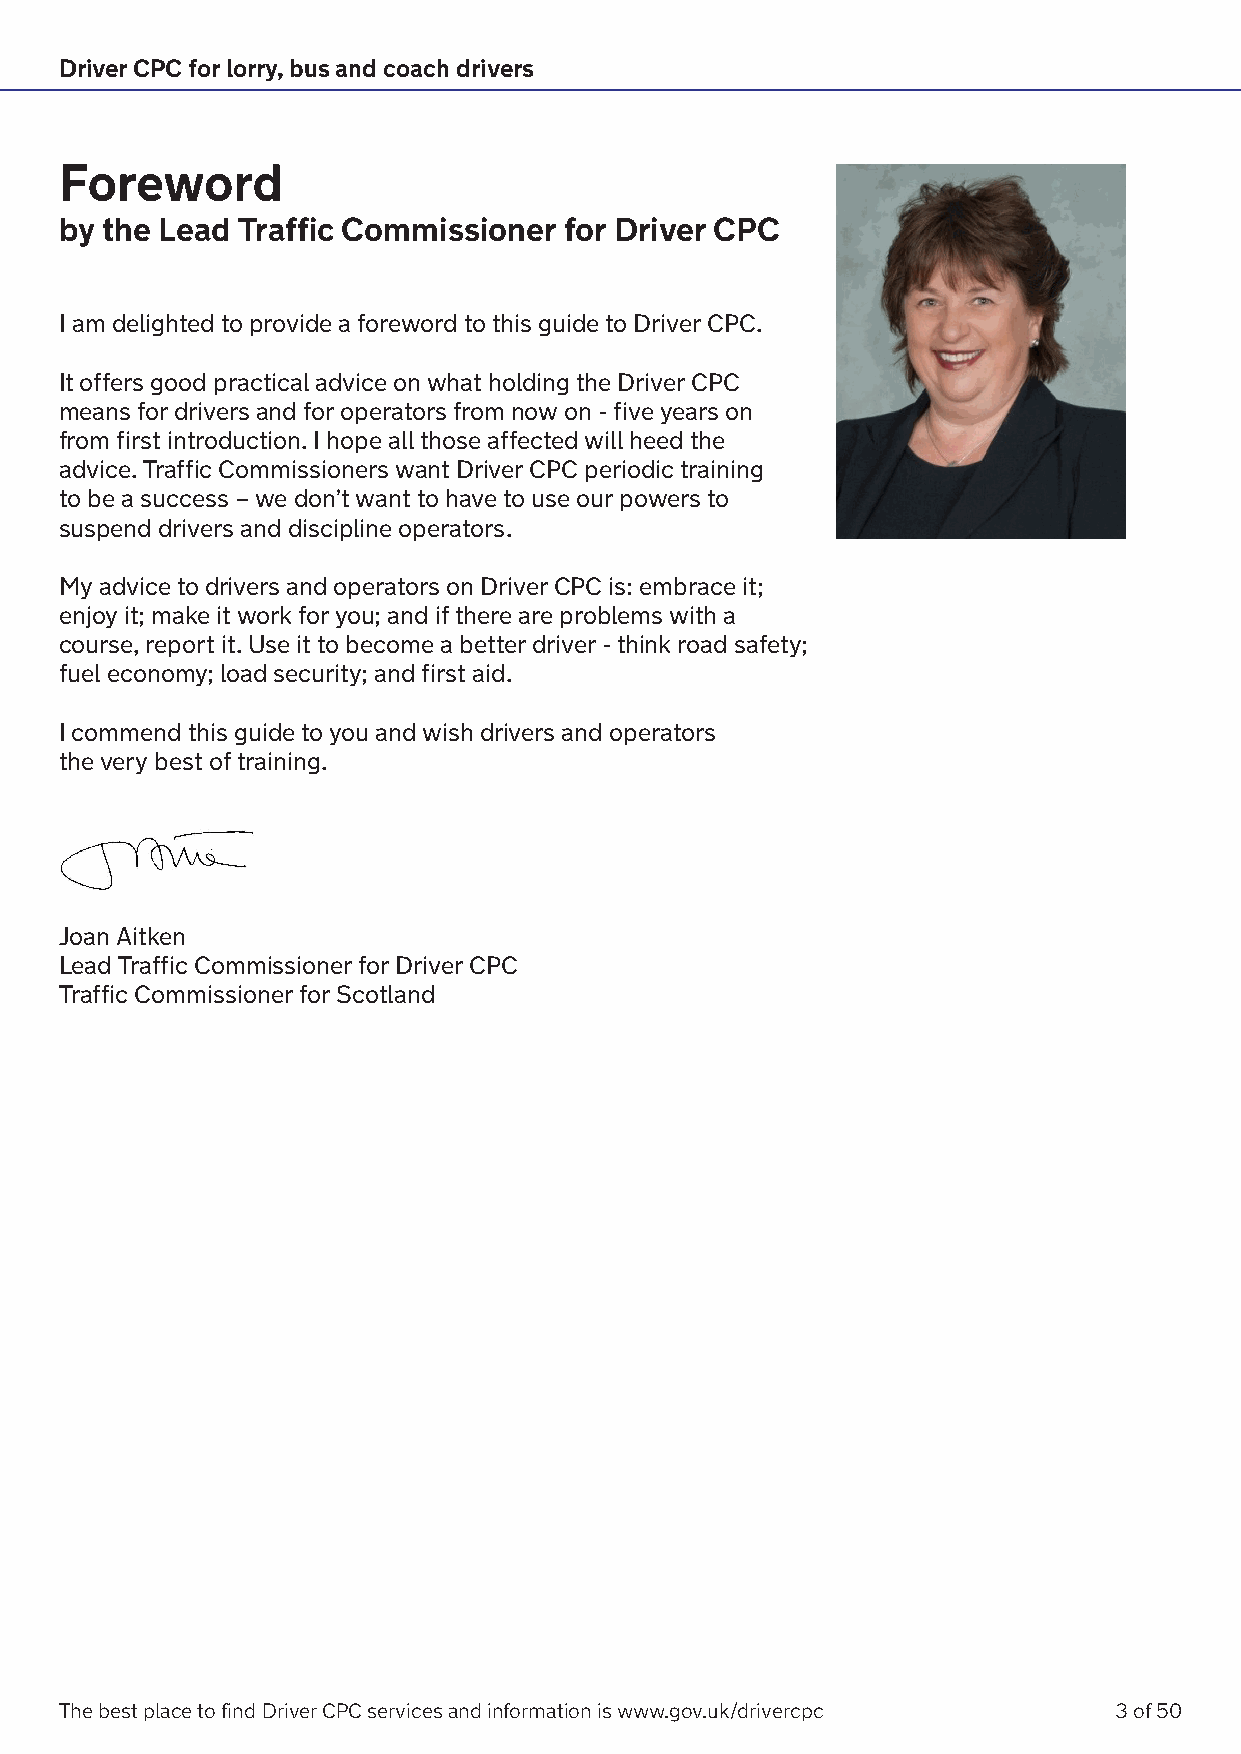
Driver CPC for lorry, bus and coach drivers
 Foreword
 by the Lead Traffic Commissioner for Driver CPC
 I am delighted to provide a foreword to this guide to Driver CPC.
 It offers good practical advice on what holding the Driver CPC
 means for drivers and for operators from now on - five years on
 from first introduction. I hope all those affected will heed the
 advice. Traffic Commissioners want Driver CPC periodic training
 to be a success – we don’t want to have to use our powers to
 suspend drivers and discipline operators.
 My advice to drivers and operators on Driver CPC is: embrace it;
 enjoy it; make it work for you; and if there are problems with a
 course, report it. Use it to become a better driver - think road safety;
 fuel economy; load security; and first aid.
 I commend this guide to you and wish drivers and operators
 the very best of training.
 Joan Aitken
 Lead Traffic Commissioner for Driver CPC
 Traffic Commissioner for Scotland
 The best place to find Driver CPC services and information is www.gov.uk/drivercpc 3 of 50